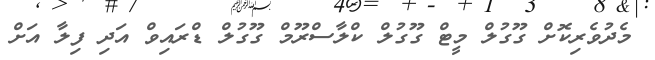
މެދުވެރިކޮށް ގޫގުލް މީޓް ގޫގުލް ކްލާސްރޫމް ގޫގުލް ޑްރައިވް އަދި ފިލާ އަށް